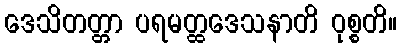
ဒေသိတတ္တာ ပရမတ္ထဒေသနာတိ ဝုစ္စတိ။